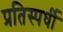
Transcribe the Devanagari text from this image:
प्रतिस्पर्घी